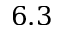
6 . 3